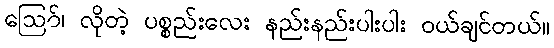
ဪ၊ လိုတဲ့ ပစ္စည်းလေး နည်းနည်းပါးပါး ဝယ်ချင်တယ်။